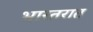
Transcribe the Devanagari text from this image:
भारतरात